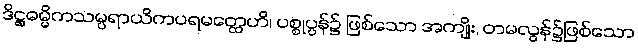
ဒိဋ္ဌဓမ္မိကသမ္ပရာယိကပရမတ္ထေဟိ၊ ပစ္စုပ္ပန်၌ ဖြစ်သော အကျိုး, တမလွန်၌ဖြစ်သော